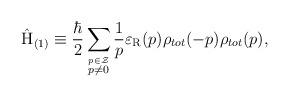
LaTeX: \begin{align*}\hat{\rm H}_{(1)} \equiv \frac{\hbar}{2}\sum_{\stackrel{p \in \cal Z}{p \neq 0}}\frac{1}{p} \varepsilon_{\rm R}(p) \rho_{tot}(-p) \rho_{tot}(p) ,\end{align*}